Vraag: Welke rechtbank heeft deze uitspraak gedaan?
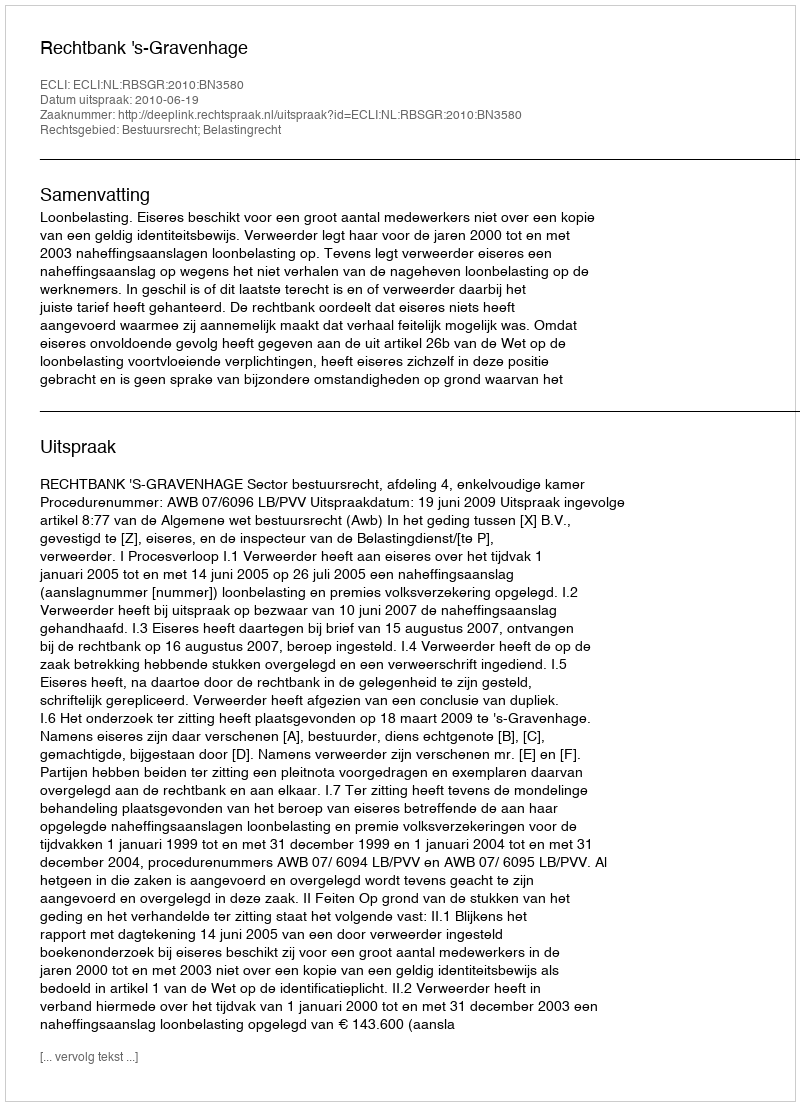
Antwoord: Rechtbank 's-Gravenhage